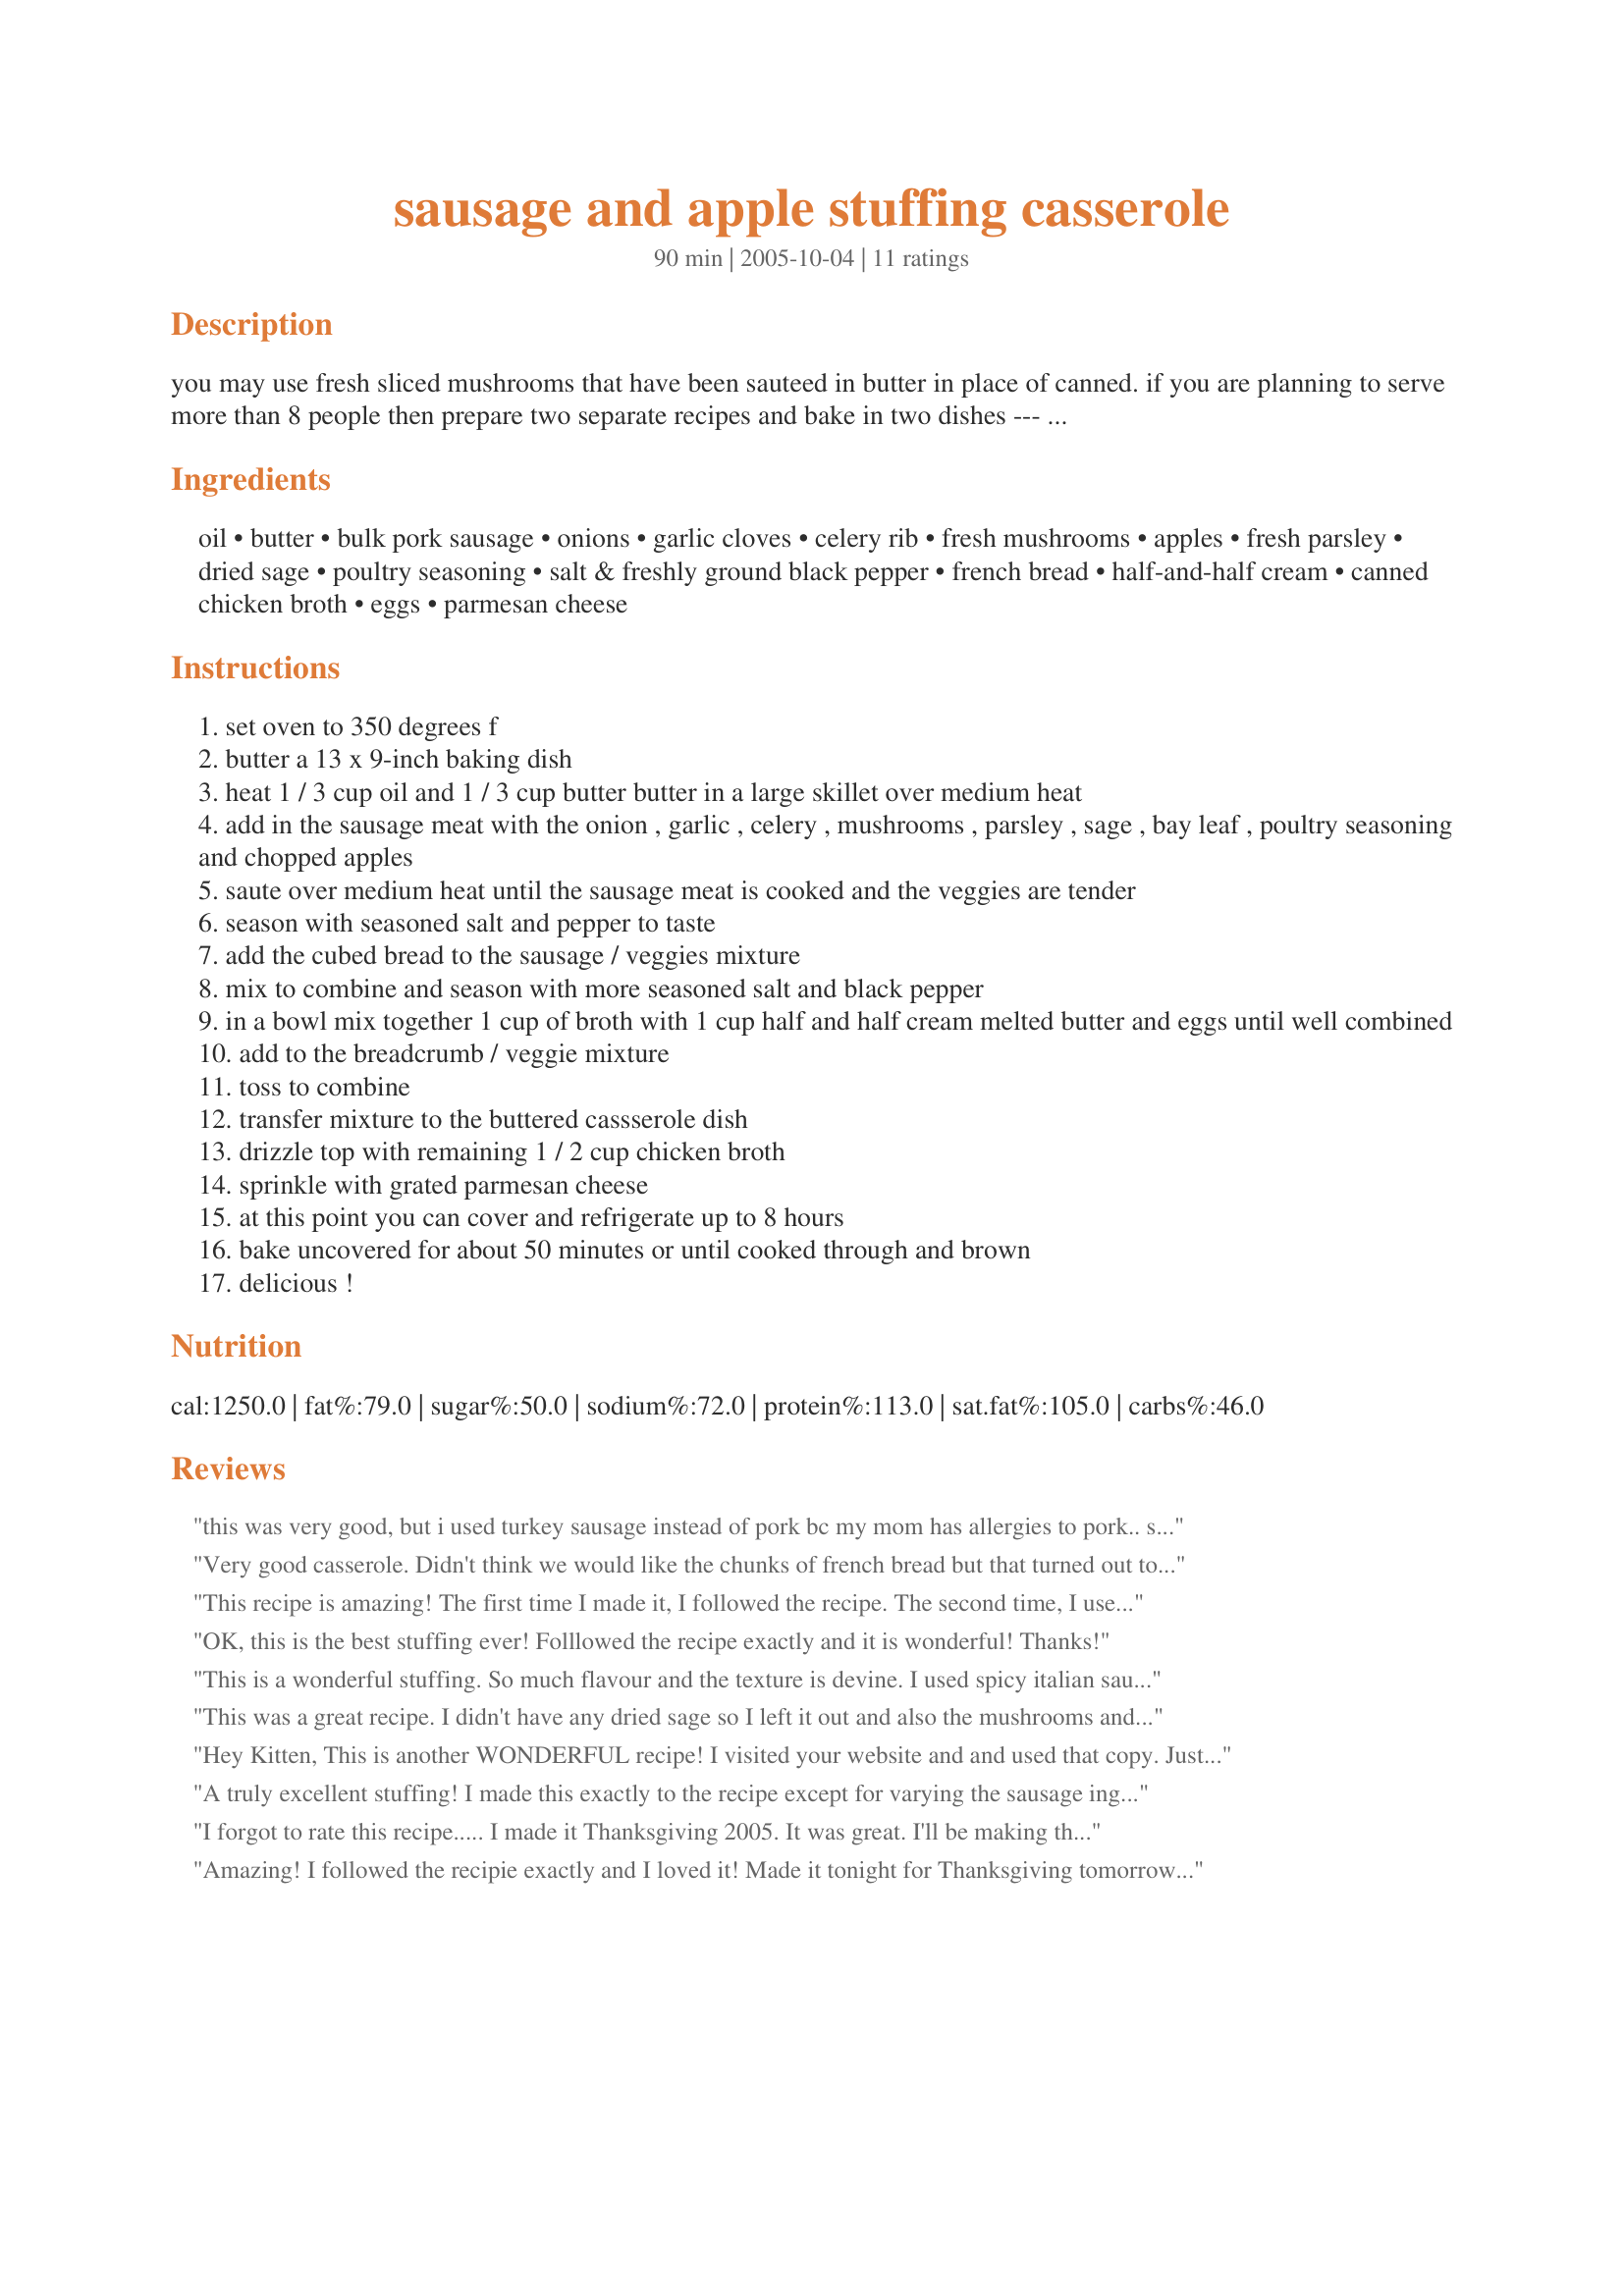
sausage and apple stuffing casserole
Preparation time: 90 minutes

you may use fresh sliced mushrooms that have been sauteed in butter in place of canned. if you are planning to serve more than 8 people then prepare two separate recipes and bake in two dishes --- i use all of a 400 gram french bread that amount works perfectly for this recipe --- add in chopped cooked carrots or peas to the stuffing mixture if desired, i have even added in cooked chopped bacon along with the sausage! this is a fantastic stuffing casserole!

Ingredients:
oil, butter, bulk pork sausage, onions, garlic cloves, celery rib, fresh mushrooms, apples, fresh parsley, dried sage, poultry seasoning, salt & freshly ground black pepper, french bread, half-and-half cream, canned chicken broth, eggs, parmesan cheese

Steps:
set oven to 350 degrees f
butter a 13 x 9-inch baking dish
heat 1 / 3 cup oil and 1 / 3 cup butter butter in a large skillet over medium heat
add in the sausage meat with the onion , garlic , celery , mushrooms , parsley , sage , bay leaf , poultry seasoning and chopped apples
saute over medium heat until the sausage meat is cooked and the veggies are tender
season with seasoned salt and pepper to taste
add the cubed bread to the sausage / veggies mixture
mix to combine and season with more seasoned salt and black pepper
in a bowl mix together 1 cup of broth with 1 cup half and half cream melted butter and eggs until well combined
add to the breadcrumb / veggie mixture
toss to combine
transfer mixture to the buttered cassserole dish
drizzle top with remaining 1 / 2 cup chicken broth
sprinkle with grated parmesan cheese
at this point you can cover and refrigerate up to 8 hours
bake uncovered for about 50 minutes or until cooked through and brown
delicious !

Reviews:
this was very good, but i used turkey sausage instead of pork bc my mom has allergies to pork.. so the flavor wasn't as strong as i hoped and i added 3 granny smith apples and couldn't taste them at all in the stuffing! next time i will add an extra apple and use pork sausage. thank you for the recipe!
Very good casserole. Didn't think we would like the chunks of french bread but that turned out to be the best part. Used one whole loaf of bread, freshly baked from Pavilions. Was somewhat timid with regards to using salt and pepper. In the directions they kept saying to add more salt and pepper. Wish I had used more as it was a bit bland when it was all said and done!! Like other reviewers, I too added some craisins which I think was great. Heats up well in microwave too. Will make again. I've made this a few times now and I always add about 1 cup of chopped dried apricots. I use alot more fresh parsley and I usually use the "hot" Jimmy Dean sausage. I always have heavy cream so I use that instead of the 1/2 + 1/2. Xllnt!
This recipe is amazing! The first time I made it, I followed the recipe. The second time, I used turkey sausage instead of pork, and added a handful of dried cranberries for sweetness.
OK, this is the best stuffing ever! Folllowed the recipe exactly and it is wonderful! Thanks!
This is a wonderful stuffing. So much flavour and the texture is devine. I used spicy italian sausage, sweet onions, fresh sliced crimini and all fresh herbs in this rich dish. I loved all the ingredients in this dish and could have easily eaten only this for dinner. Kudos Kitten.
This was a great recipe. I didn't have any dried sage so I left it out and also the mushrooms and celery and it was great. Totally going to use this recipe again.
Hey Kitten, This is another WONDERFUL recipe! I visited your website and and used that copy. Just a wee bit varied. When I got home from Chrstmas with the family, I thought you might have posted this recipe here in "Zaar", and WaaLaa! I wanted the nutrition facts. This is the 4th year I've prepared this recipe both at Thanksgiving as well as Christmas. The kids won't let me in the house unless I bring this stuffing. My company put together (the first addition) holiday cookbook, and printed off this recipe from your website and submitted it as my family favorite! Not to "dis" the Zaar, but I go straight to your website FIRST for any recipe I need! OH! I do add (1 & 1qtr cup) raisins and about 2 tesp. of cinnamon. ...FAR OUT!!
A truly excellent stuffing! I made this exactly to the recipe except for varying the sausage ingredient slightly by using 1/2 chicken and chive sausages and 1/2 pork sausages - from an excellent butcher. If you want to get the best from this wonderful recipe, get the best sausages you can, preferably ones you've eaten before and that you know that you love. A great blend of flavours: we loved this stuffing, and are very happy to have some in the freezer to enjoy another time. Thanks, KITTENCAL, for yet another super delicious recipe!
I forgot to rate this recipe..... I made it Thanksgiving 2005. It was great. I'll be making this recipe for Easter 2006. It is very very good. The apples & sausage are a good combo.
Amazing! I followed the recipie exactly and I loved it! Made it tonight for Thanksgiving tomorrow and put some in a side dish for dinner tonight. It will no doubt be a new family favorite!
Awesome! This is our new favorite stuffing recipe...this will be the 3rd year in a row. Yum! Thanks, Kittencal!
